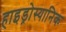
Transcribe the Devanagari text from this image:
हाइड्रोस्यानिक